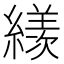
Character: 𦅗